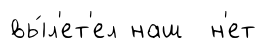
вы́л'ет'ел наш н'ет